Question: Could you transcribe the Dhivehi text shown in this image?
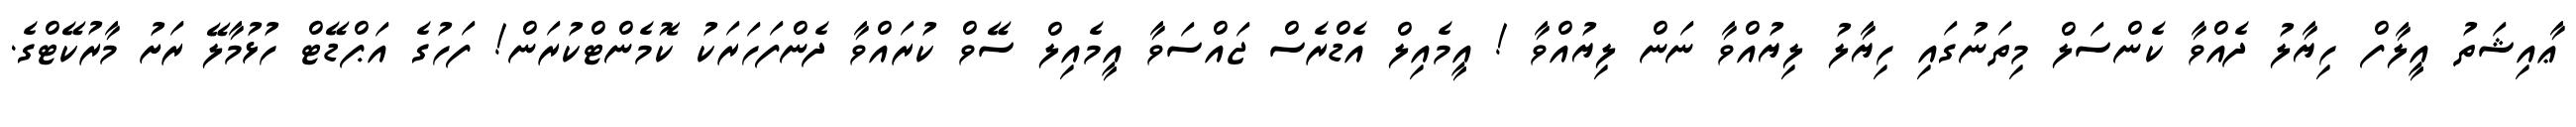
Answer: ޢާއިޝަތު އީލާފް ހިޔާލު ދެއްވާ ކެންސަލް މިތަނުގައި ހިޔާލު ލިޔުއްވާ ނަން ލިޔުއްވާ ! އީމެއިލް އެޑްރެސް ޖައްސަވާ އީމެއިލް ސޭވް ކުރައްވާ ދެންފަހަރަކު ކޮމެންޓްކުރަން! ފަހުގެ އަޕްޑޭޓް ހުޅުމާލޭ ރަށު މާރުކޭޓްގެ.